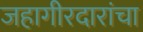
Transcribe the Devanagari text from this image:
जहागीरदारांचा